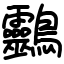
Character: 䴒